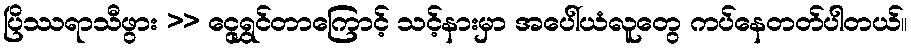
ပြိဿရာသီဖွား >> ငွေရွှင်တာကြောင့် သင့်နားမှာ အပေါ်ယံလူတွေ ကပ်နေတတ်ပါတယ်။